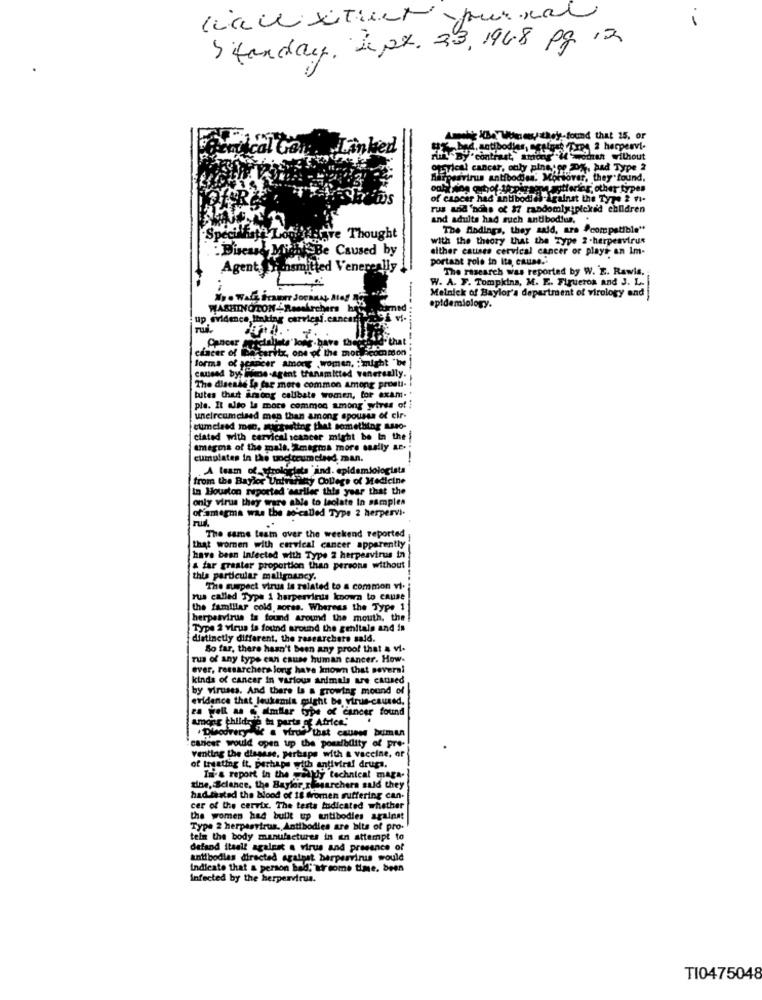
licence xitient pur mal
Standay. 4pt. 23,1948 pg 12
al Kha Winer they found that 15, or
red
d. antibodies, Ceptors free 2 herpervi-
contrast, among""i wodan without
ogryical cancar, only pinetop D%, had Type 2
Herpesvirus antibodies. Moreover, they found.
aytferior, other types
rus arid 'nchs of 37 randomly;picked children
and adults had such antibodies,
The findings, they said, ara Pcompatible"
Spe
Thought
with the theory that the Type 2-herpesvirus
:Disease Miahi Be Caused by
either causes cervical cancer or plays an Im-
portant role in Ita, cause ..
Agent rinsmitted Venereally
The research was reported by W. E. Rawis.
W. A. F. Tompkins, M. E. Figueroa and J. L.
Melnick of Baylor's department of virology and
WASHINGTON-Resskechers hr
med
epidemiology.
up evidence linking cervical.cancerf
acesso that
that
cancer of Porcaritx, one of the mot acommon
forma of acancer among women, imight "be
caused byf Hone-agent transmitted vanereally.
The disease Ip far more common among proeli-
tuites that among callbate women, for exam-
pla. It alto la more common among st
z ytres of i
unelrcumplaed men than among spouses of cir-
cumelaed men, muctesting that something asso-
ciated with cervical cancer might be in the
smegma of the malt. Imagma more ssally ar-
cumulates in the undtrumclend. man.
A team of strolcd
A team of ytrolodieta "ind. epidemiologista
from the Baylor Unhref
Uniwhitty College of Medicine
In Houston reported earlier this year that the
only virus they were able to leolate In samples
offamegma was the so-called Type 2 herpervi.
The same team over the weekend reported
that women with cervical cancer apparently
have been infected with Type 2 herpesvirus in
& far greater proportion than persons without
this particular malignancy.
The suspect virus is related to a common vi.
rus called Type 1 herpesvirus known to cause
the famillar cold sores. Whereus the Type 1
herpesvirus is found around the mouth, the!
Type 2 Virus is found around the genitals and is
distinctly different, the researchers said.
So far, there hasn't Been any proof that & vi-
Tus of any type can cause human cancer. How-
ever, researchers long have known that several
kinds of cancer in various animals are caused
by viruses. And there Is a growing mound of
evidence that leukemia might be virus-caused.
ea well as & almilar type of cancer found
among thildris to parts of Africe."
cancer would open up the possibility of pre-
venting the disasse, perhaps with a vaccine, or
of treating it. perhaps with antiviral drugs.
In-& report in the weakly technical maga-
dine, Sclance, the Baylor riesarchers suld they
had fasted the blood of 18 foren suffering can.
cer of the cervix. The tests tudicated whether
the women had built up antibodies against
Type 2 herpesvirus. Antibodies are bits of pro.
telm the body manufactures in an attempt to
defand itsall against a virus and presence of
antibodies directed against barpervirus would
Indicate that & person ball:" wir some time. been
Infected by the herpesvirus.
TI0475048